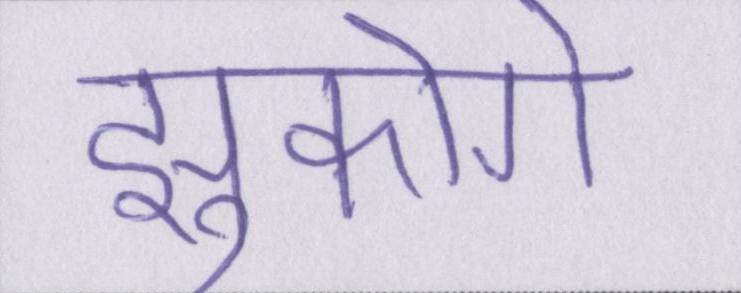
झुकोगे